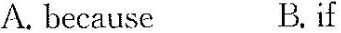
A. because B.if